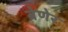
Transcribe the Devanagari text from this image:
बेणेर